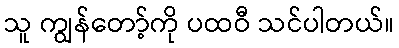
သူ ကျွန်တော့်ကို ပထဝီ သင်ပါတယ်။